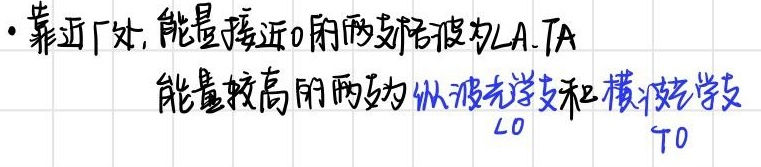
靠近厂处，能量接近0的两支波为LA、TA。能量较高的两支为纵波光学支和横波光学支LO、TO